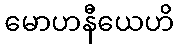
မောဟနီယေဟိ